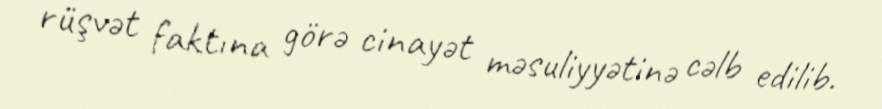
rüşvət faktına görə cinayət məsuliyyətinə cəlb edilib.